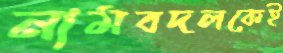
নামবদলকেই